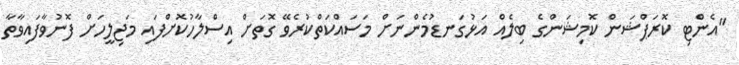
"އެންޓި ކޮރަޕްޝަން ކޮމިޝަންގެ ބިލެއް އަޅުގަނޑުމެންނަށް މަސައްކަތްކުރެވޭ ގޮތަށް އިސްލާހުކޮށްފައި މަޖިލީހަށް ފޮނުވާފައިވާތާ